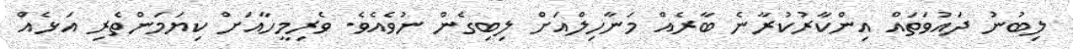
ލިބުނު ދައުވަތައް އިންކާރުކުރާނެ ބާރެއް މަނާހިލްއަށް ލިބިގެން ނުވެއެވެ. ވެރިމީހާއަށް ކިޔަމަންތެރި އަޅެއް